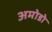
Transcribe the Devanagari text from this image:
अमोडो